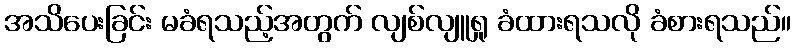
အသိပေးခြင်း မခံရသည့်အတွက် လျစ်လျူရှု ခံထားရသလို ခံစားရသည်။